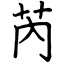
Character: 芮